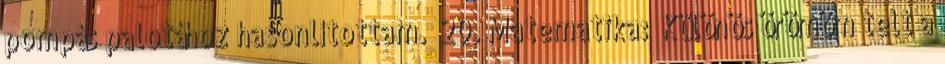
pompás palotához hasonlítottam.” 20. Matematika: „Különös örömöm telt a